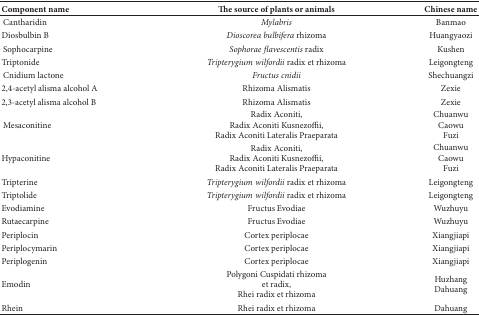
<table><thead><tr><td><b>Component name</b></td><td><b>The source of plants or animals</b></td><td><b>Chinese name</b></td></tr></thead><tbody><tr><td> Cantharidin</td><td><i>Mylabris</i></td><td>Banmao</td></tr><tr><td>Diosbulbin B</td><td><i>Dioscorea bulbifera</i> rhizoma</td><td>Huangyaozi</td></tr><tr><td> Sophocarpine</td><td><i>Sophorae flavescentis</i> radix</td><td>Kushen</td></tr><tr><td>Triptonide</td><td><i>Tripterygium wilfordii</i> radix et rhizoma</td><td>Leigongteng</td></tr><tr><td> Cnidium lactone</td><td><i>Fructus cnidii</i></td><td>Shechuangzi</td></tr><tr><td>2,4-acetyl alisma alcohol A</td><td>Rhizoma Alismatis</td><td>Zexie</td></tr><tr><td>2,3-acetyl alisma alcohol B</td><td>Rhizoma Alismatis</td><td>Zexie</td></tr><tr><td> Mesaconitine</td><td>Radix Aconiti,Radix Aconiti Kusnezoffii,Radix Aconiti Lateralis Praeparata</td><td>ChuanwuCaowuFuzi</td></tr><tr><td>Hypaconitine</td><td>Radix Aconiti,Radix Aconiti Kusnezoffii,Radix Aconiti Lateralis Praeparata</td><td>ChuanwuCaowuFuzi</td></tr><tr><td>Tripterine</td><td><i>Tripterygium wilfordii</i> radix et rhizoma</td><td>Leigongteng</td></tr><tr><td>Triptolide</td><td><i>Tripterygium wilfordii</i> radix et rhizoma</td><td>Leigongteng</td></tr><tr><td>Evodiamine</td><td>Fructus Evodiae</td><td>Wuzhuyu</td></tr><tr><td>Rutaecarpine</td><td>Fructus Evodiae</td><td>Wuzhuyu</td></tr><tr><td>Periplocin</td><td>Cortex periplocae</td><td>Xiangjiapi</td></tr><tr><td>Periplocymarin</td><td>Cortex periplocae</td><td>Xiangjiapi</td></tr><tr><td>Periplogenin</td><td>Cortex periplocae</td><td>Xiangjiapi</td></tr><tr><td>Emodin</td><td>Polygoni Cuspidati rhizomaet radix,Rhei radix et rhizoma</td><td>HuzhangDahuang</td></tr><tr><td>Rhein</td><td>Rhei radix et rhizoma</td><td>Dahuang</td></tr></tbody></table>